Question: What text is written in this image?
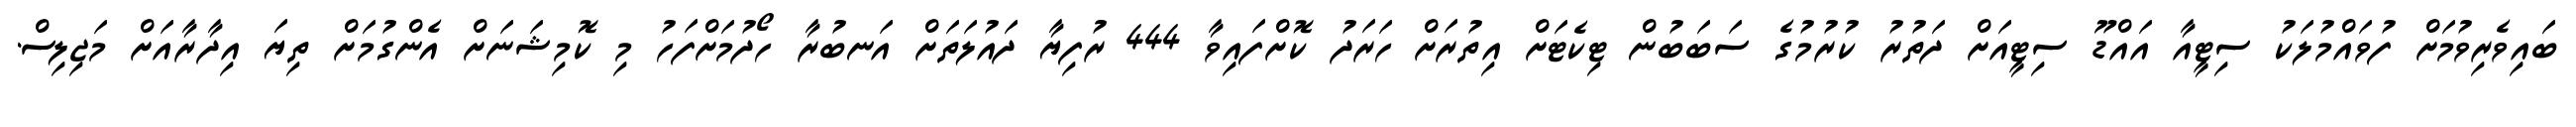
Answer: ބައިވެރިވުމަށް ފުވައްމުލަކު ސިޓީއާ އައްޑޫ ސިޓީއަށް ދަތުރު ކުރުމުގެ ސަބަބުން ޓިކެޓަށް އިތުރަށް ހަރަދު ކޮށްފައިވާ 444 ރުފިޔާ ދައުލަތަށް އަނބުރާ ހޯދުމަށްފަހު މި ކޮމިޝަނަށް އެންގުމަށް ތިޔަ އިދާރާއަށް މަޖިލިސް.